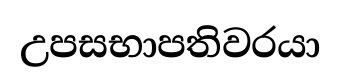
උපසභාපතිවරයා